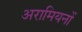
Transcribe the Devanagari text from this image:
अरामियनों